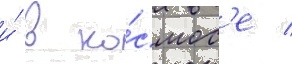
и́ в ко́смос'е /